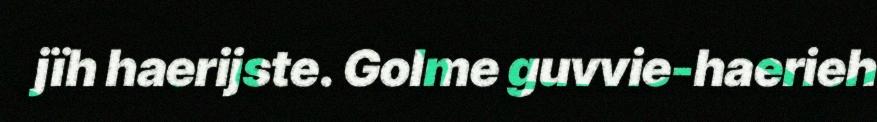
jïh haerijste. Golme guvvie-haerieh